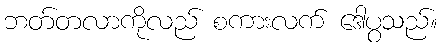
ဘတ်တလာကိုလည် စကားလက် ဒေါပွသည်။